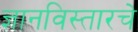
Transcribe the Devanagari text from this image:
ज्ञानविस्तारचे